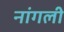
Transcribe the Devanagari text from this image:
नांगली